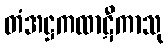
တံအဋ္ဌကထာဋီကာသု